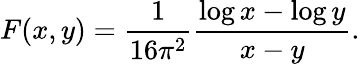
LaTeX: F(x,y)=\frac{1}{16\pi^{2}}\frac{\log x-\log y}{x-y}.